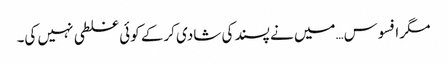
مگر افسوس…میں نے پسند کی شادی کرکے کوئی غلطی نہیں کی۔